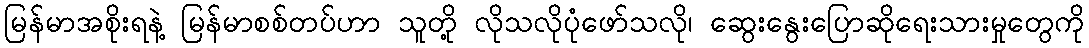
မြန်မာအစိုးရနဲ့ မြန်မာစစ်တပ်ဟာ သူတို့ လိုသလိုပုံဖော်သလို၊ ဆွေးနွေးပြောဆိုရေးသားမှုတွေကို